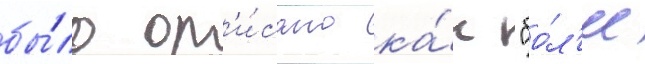
бы́ло оп'и́сано ка́к "бо́л'ее